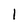
Character: 1